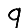
Digit: 9